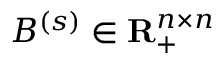
B ^ { ( s ) } \in \mathbf { R } _ { + } ^ { n \times n }